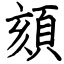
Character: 頦